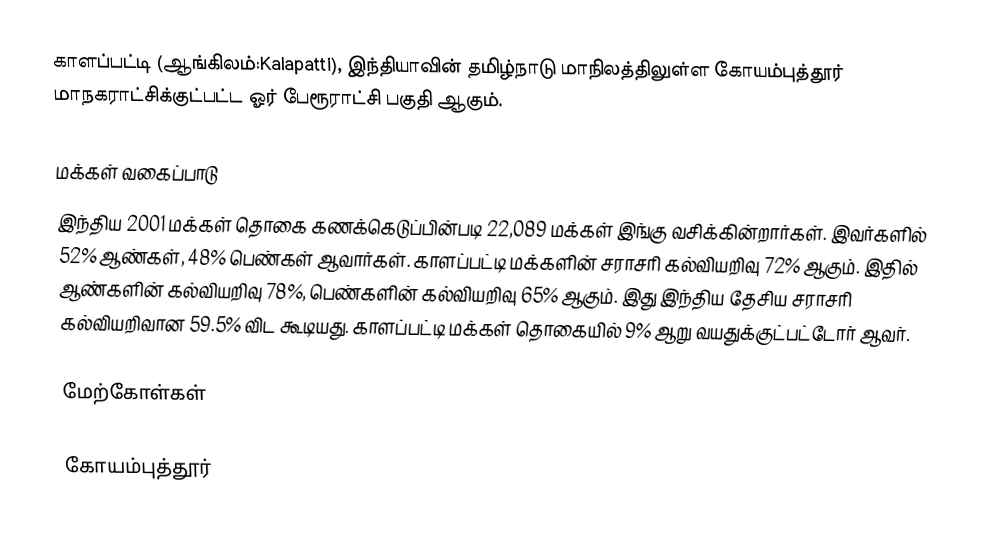
காளப்பட்டி (ஆங்கிலம்:Kalapatti), இந்தியாவின் தமிழ்நாடு மாநிலத்திலுள்ள கோயம்புத்தூர் மாநகராட்சிக்குட்பட்ட ஓர் பேரூராட்சி பகுதி ஆகும்.

மக்கள் வகைப்பாடு
இந்திய 2001 மக்கள் தொகை கணக்கெடுப்பின்படி 22,089 மக்கள் இங்கு வசிக்கின்றார்கள். இவர்களில் 52% ஆண்கள், 48% பெண்கள் ஆவார்கள். காளப்பட்டி மக்களின் சராசரி கல்வியறிவு 72% ஆகும்.  இதில் ஆண்களின் கல்வியறிவு 78%, பெண்களின் கல்வியறிவு 65% ஆகும். இது இந்திய தேசிய சராசரி கல்வியறிவான 59.5% விட கூடியது. காளப்பட்டி மக்கள் தொகையில் 9% ஆறு வயதுக்குட்பட்டோர் ஆவர்.

மேற்கோள்கள்

கோயம்புத்தூர்